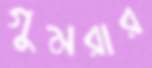
গুমরার